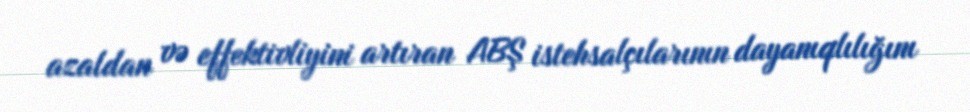
azaldan və effektivliyini artıran ABŞ istehsalçılarının dayanıqlılığını